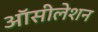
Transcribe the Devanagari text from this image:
ऑसीलेशन